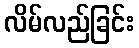
လိမ်လည်ခြင်း